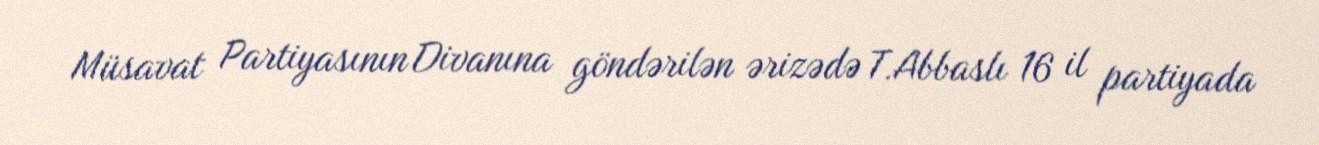
Müsavat Partiyasının Divanına göndərilən ərizədə T.Abbaslı 16 il partiyada